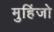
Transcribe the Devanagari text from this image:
मुहिंजो